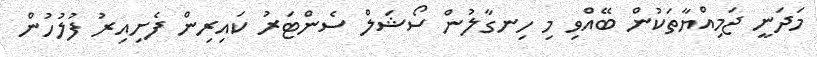
މަދަނީ ޖަމިއްޔާތަކުން ބޭއްވި މި ހިނގާލުން ސޯޝަލް ސެންޓަރު ކައިރިން ފެށިއިރު ފުލުހުން